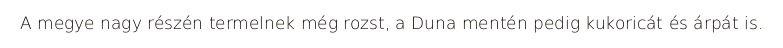
A megye nagy részén termelnek még rozst, a Duna mentén pedig kukoricát és árpát is.